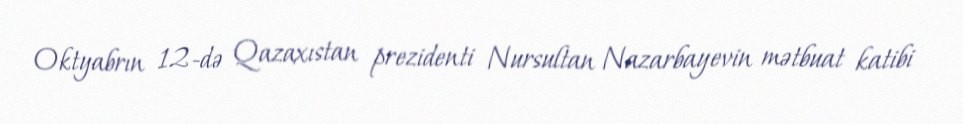
Oktyabrın 12-də Qazaxıstan prezidenti Nursultan Nazarbayevin mətbuat katibi